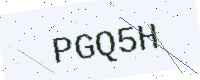
Text: PGQ5H